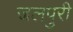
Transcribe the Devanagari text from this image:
जलपुरी